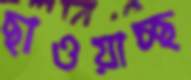
ছাওয়াচ্ছ